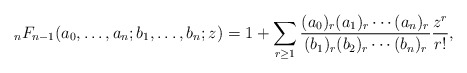
\begin{align*} _nF_{n-1}(a_0,\ldots, a_n; b_1,\ldots, b_{n};z) = 1 + \sum_{r\geq 1} \frac{(a_0)_r(a_1)_r\cdots (a_n)_r}{(b_1)_r(b_2)_r\cdots (b_{n})_r} \frac{z^r}{r!},\end{align*}